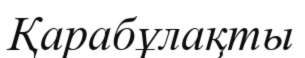
Қарабұлақты